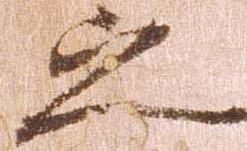
之